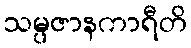
သမ္ပဇာနကာရီတိ